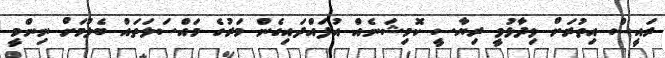
ރައީސް އިތުރަށް ވިދާޅުވީ ރިޔާސީ ކޮމިޝަނެއް އުފައްދައިގެން މަރުގެ މައްސަލަތައް ބެލުމަށް ނިންމީ